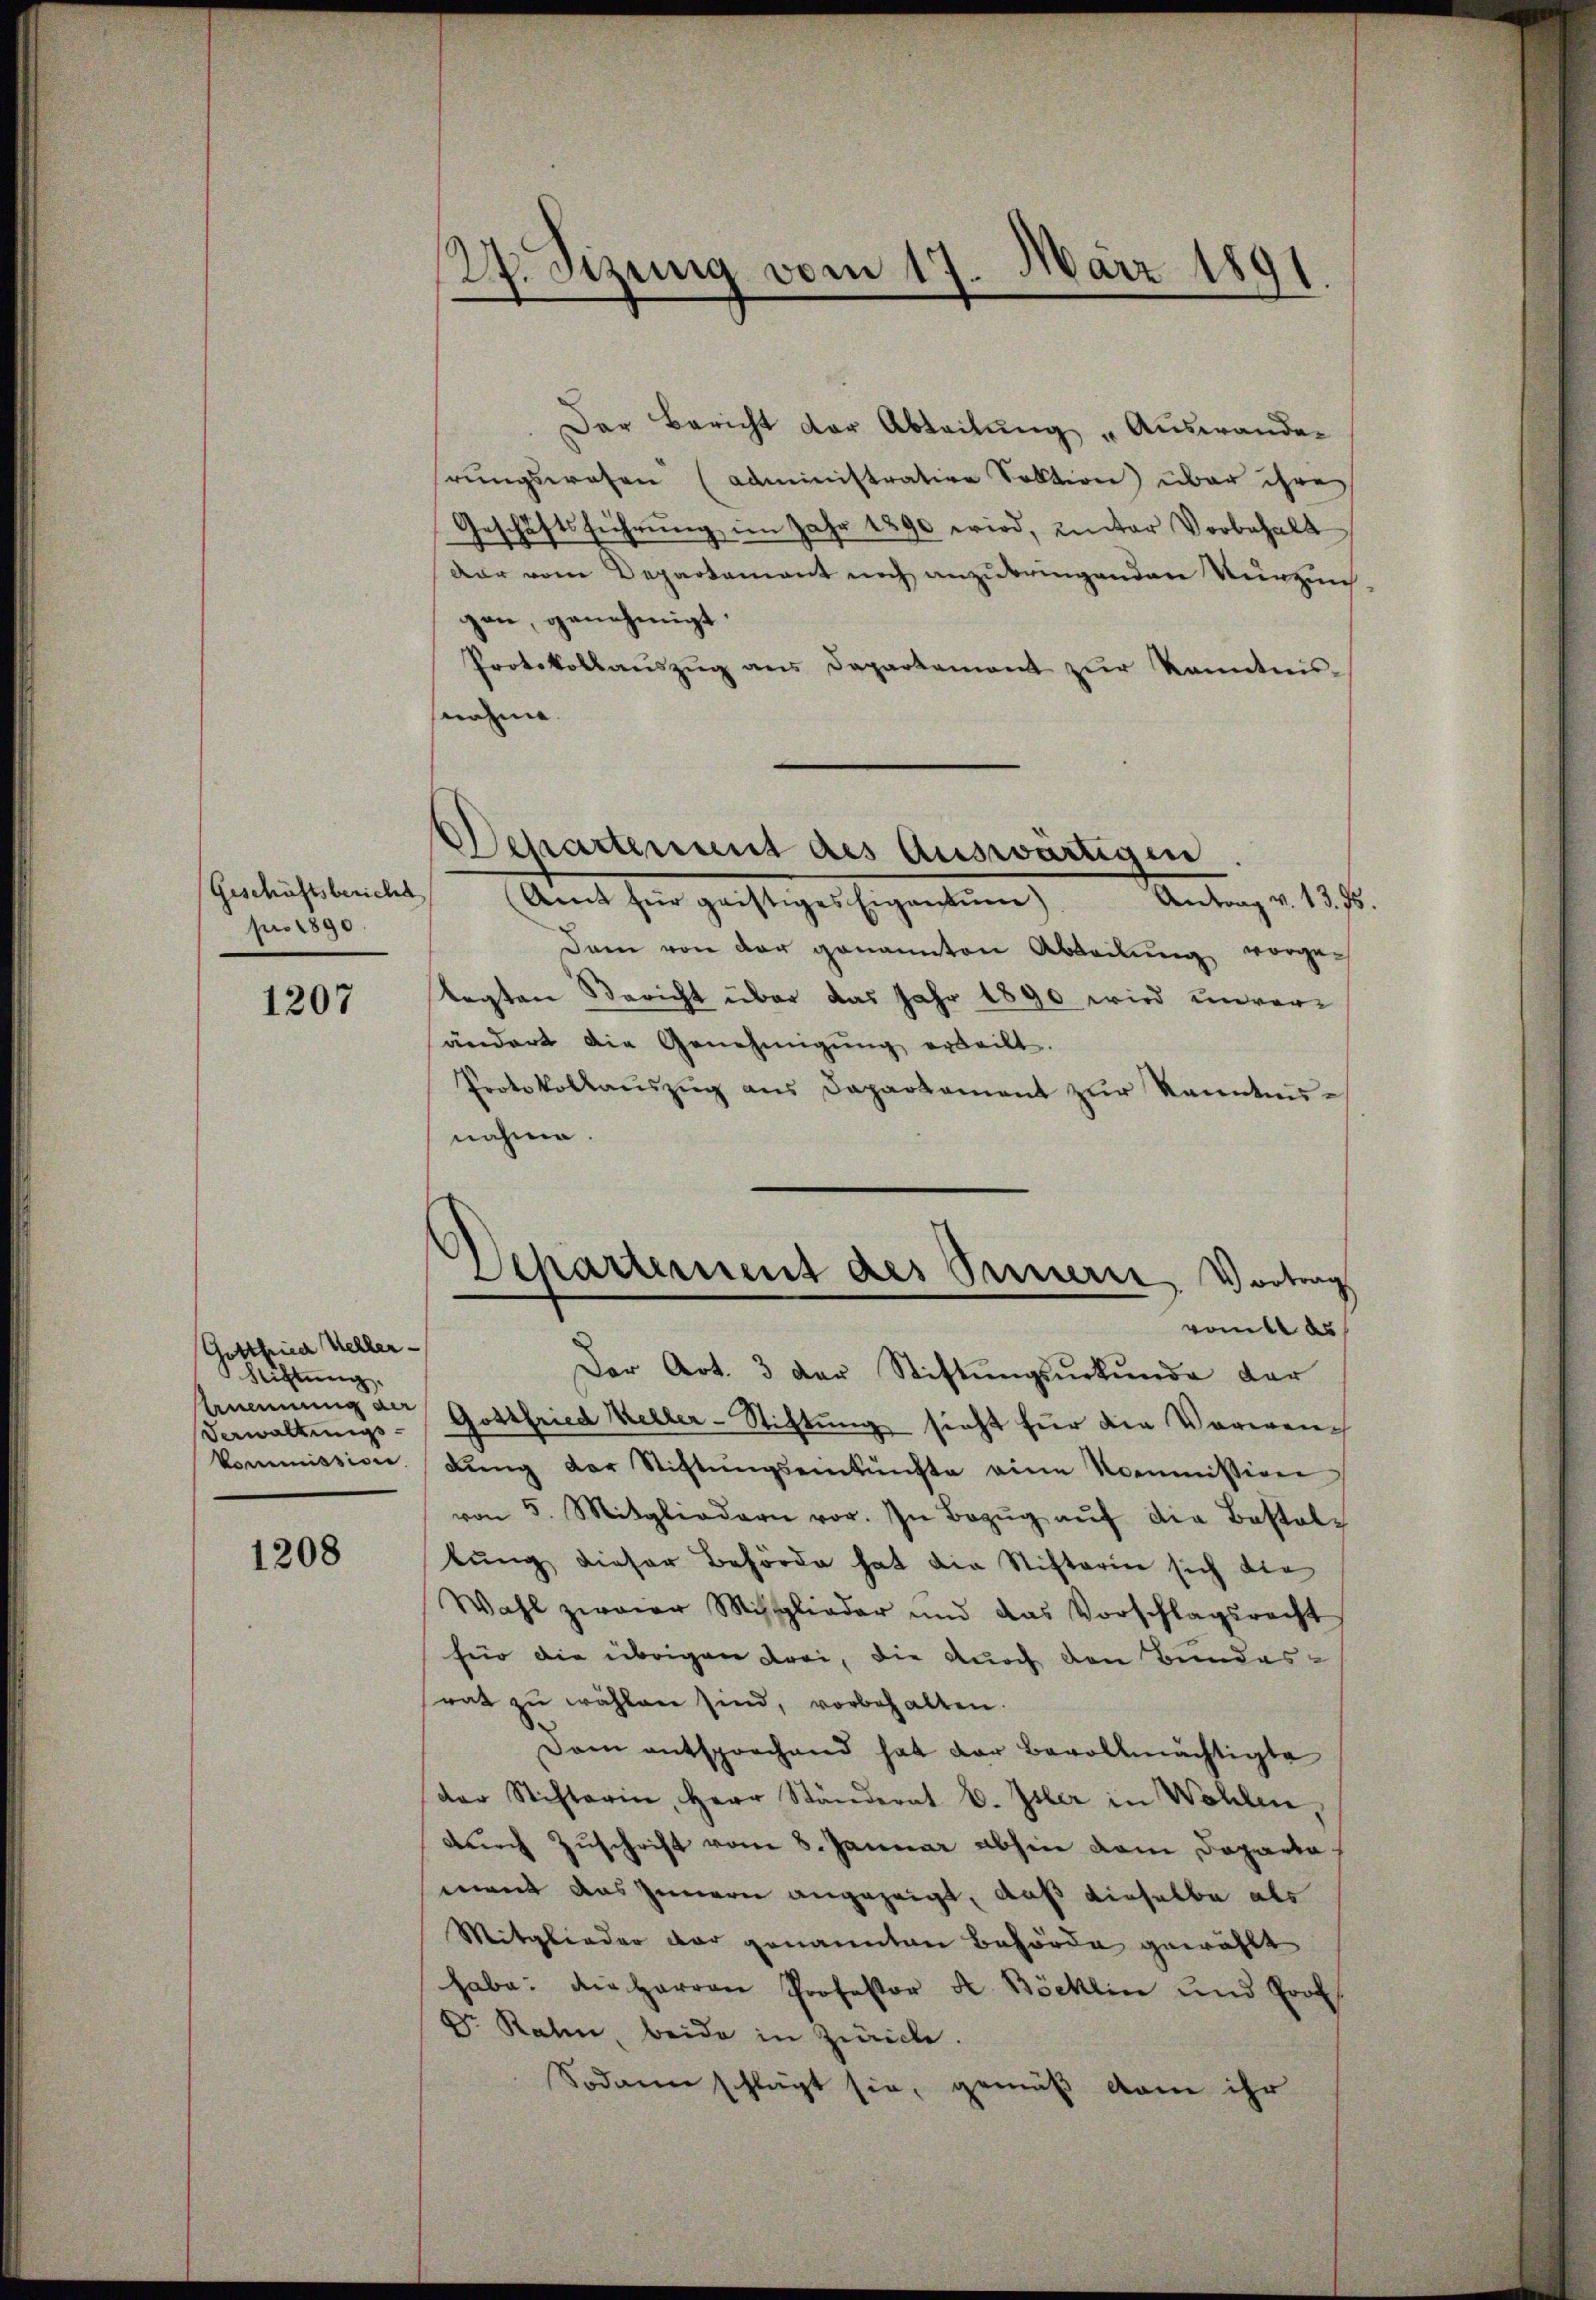
Geschäftsbericht
pro 1890

1207

Gottfried Keller-
Schichtung.
Verwaltungs¬
Commission

1208

27. Sizung vom 17. März 1891
1

Der Bericht der Abteilung "Auswander
rungswesen (Administrative Sektion über ihre
Geschäftsführung im Jahr 1890 wird, unter Vorbehalt
dar vom Departement noch anzubringenden Verzinsgen, genehmigt.
Protokollaŭszŭg ans Departement zŭr kanntnis-
nahme.
.
Departement des Auswärtigen
Amt für geistiges Eigentuen)
Antrag v. 12. r.
Dam von der genannten Abteilung vorge¬
Tagten Bericht über das Jahr 1890 wird unverändert die Genehmigŭng erteilt.
Protokollaŭszŭg aŭs Departament zŭr Kenntnis-
nahme.

Departement des Innern, Vortrag
von des

Der Art. 3 der Stiftungsurkunde der
Ernennung der Gottfried Keller-Stiftung sieht für die Vorwendŭng der Stiftŭngseinkünfte eine Kommission
von 5. Mitgliedern vor. In Bezŭg aŭf die Bestal-
tŭng dieser Behörde hat die Stifterie sich die
Wahl zwaier Missglieder und das Vorschlagsrecht
für die übrigen drei, die durch den Bundesrat zŭ wählen sind, vorbehalten.
Dam entsprechend hat der Bevollmächtigte
der Stifterin, Herr Ständerat E. Isler in Wohlen,
durch Zuschrift vom 8. Januar abhin dem Departa
mant das Innern angezeigt, daß dieselbe als
Mitglieder dar genannten Behörde gewählt
habe: Die Herren Professor K. Böcklin und Prot
Dr. Rahn, beide in Zwicke.
Sodann schlägt sie, gemäß dem ihr